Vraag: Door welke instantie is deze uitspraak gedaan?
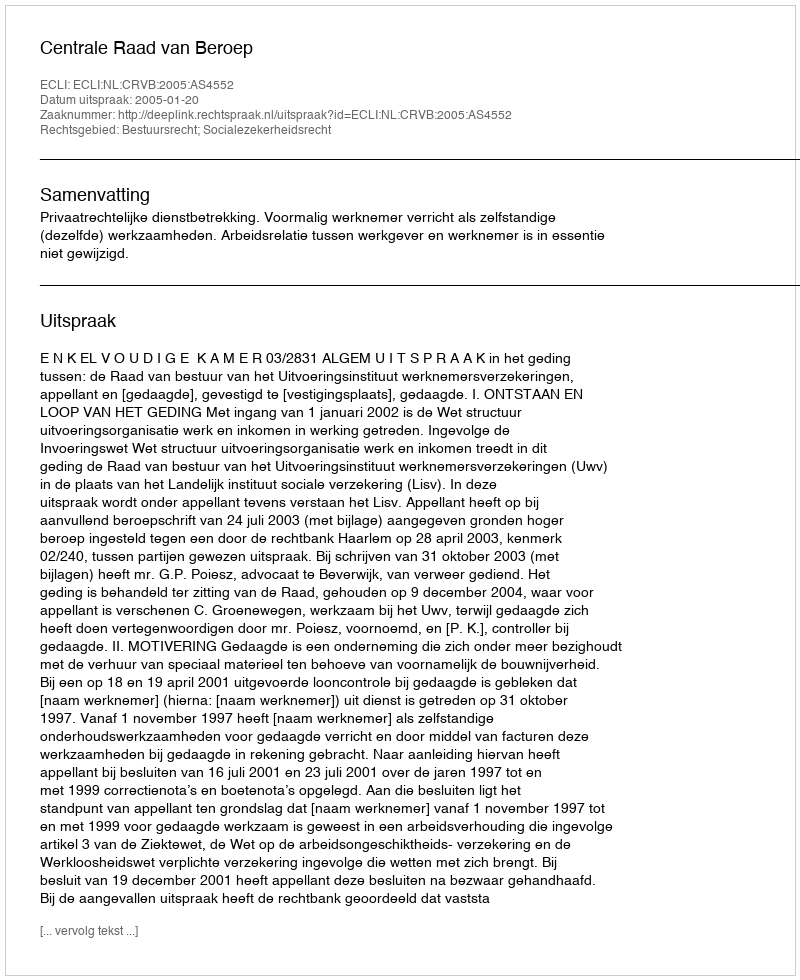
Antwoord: Centrale Raad van Beroep